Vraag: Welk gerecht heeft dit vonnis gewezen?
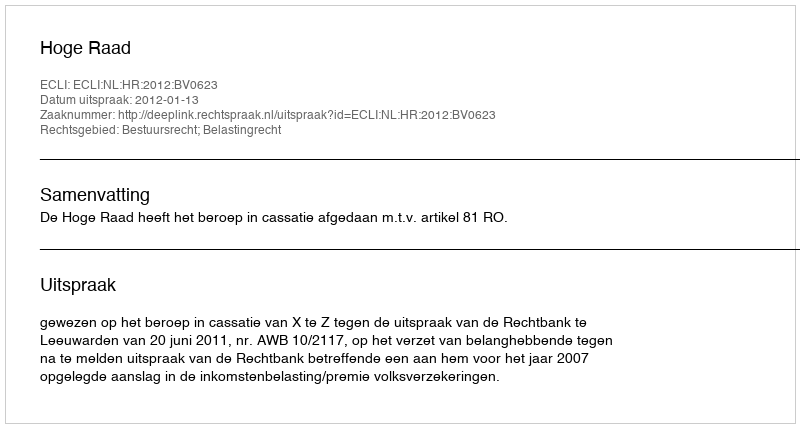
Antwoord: Hoge Raad